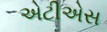
એટીએસ